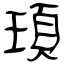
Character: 頊